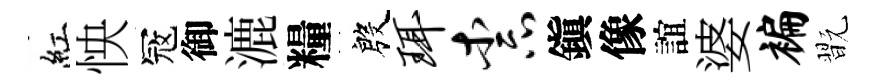
紅怏冦御漉糧殷珥柰鎭像誼婆褊翫